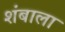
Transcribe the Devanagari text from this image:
शंबाला